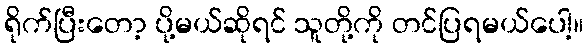
ရိုက်ပြီးတော့ ပို့မယ်ဆိုရင် သူတို့ကို တင်ပြရမယ်ပေါ့။